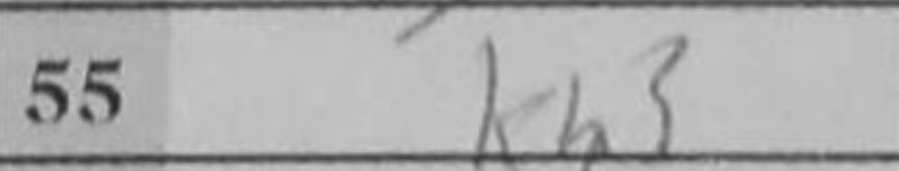
Transcription: Kh3